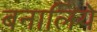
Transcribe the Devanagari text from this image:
बनालिये